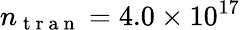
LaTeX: n_{\mathrm{~t~r~a~n~}}=4.0\times 10^{17}